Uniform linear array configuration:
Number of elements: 24
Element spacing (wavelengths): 0.25
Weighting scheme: hann
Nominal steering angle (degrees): -15
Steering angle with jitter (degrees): -13.726
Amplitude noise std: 0.05
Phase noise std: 0.05

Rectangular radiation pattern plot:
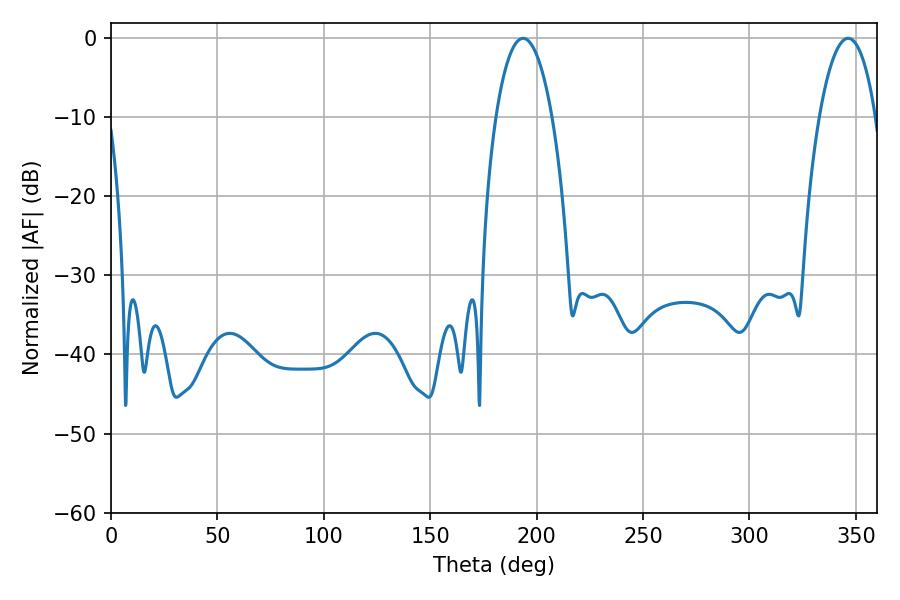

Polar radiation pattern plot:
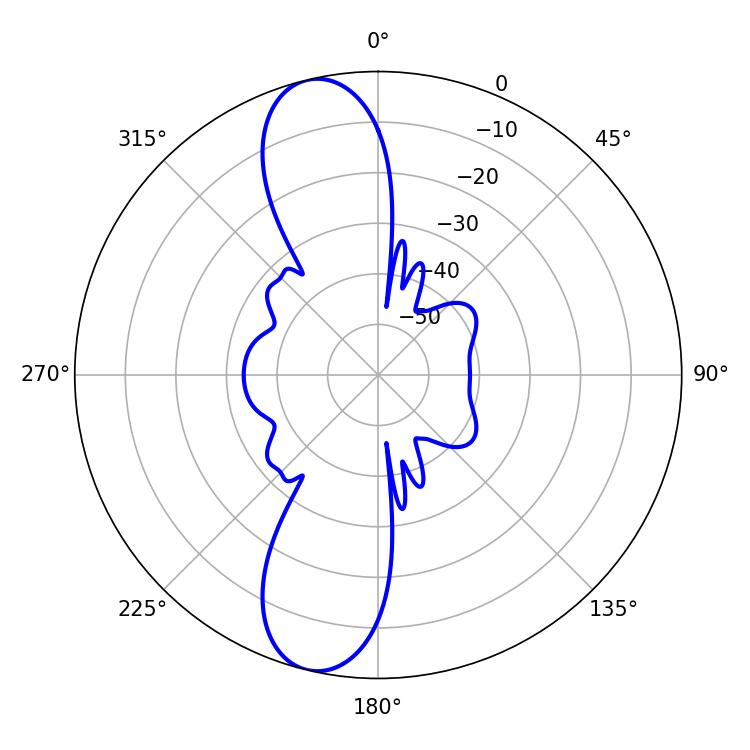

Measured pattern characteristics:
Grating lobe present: FALSE
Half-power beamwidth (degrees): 14.94
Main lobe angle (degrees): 346.32